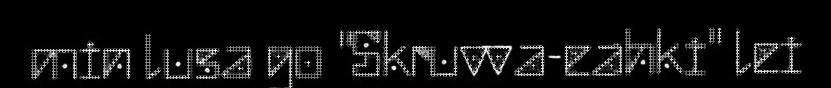
min lusa go "Skruvva-eahki" lei